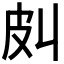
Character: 𰤞